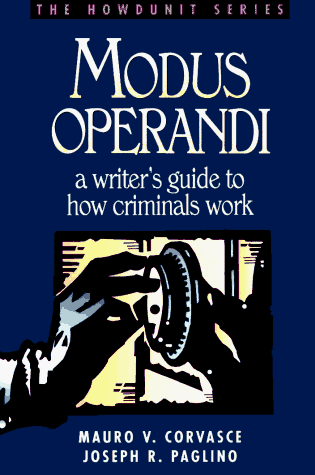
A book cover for Modus Operandi: A Writer's Guide to How Criminals Work (Howdunit); Mauro V. Corvasce; Mystery, Thriller & Suspense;